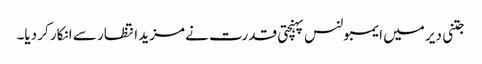
جتنی دیر میں ایمبولنس پہنچتی قدرت نے مزید انتظار سے انکار کر دیا۔